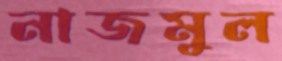
নাজমুল